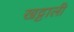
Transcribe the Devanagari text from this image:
खट्टाली